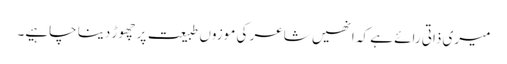
میری ذاتی رائے ہے کہ انھیں شاعر کی موزوں طبیعت پر چھوڑ دینا چاہیے۔